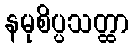
နမုစိပ္ပသတ္ထာ